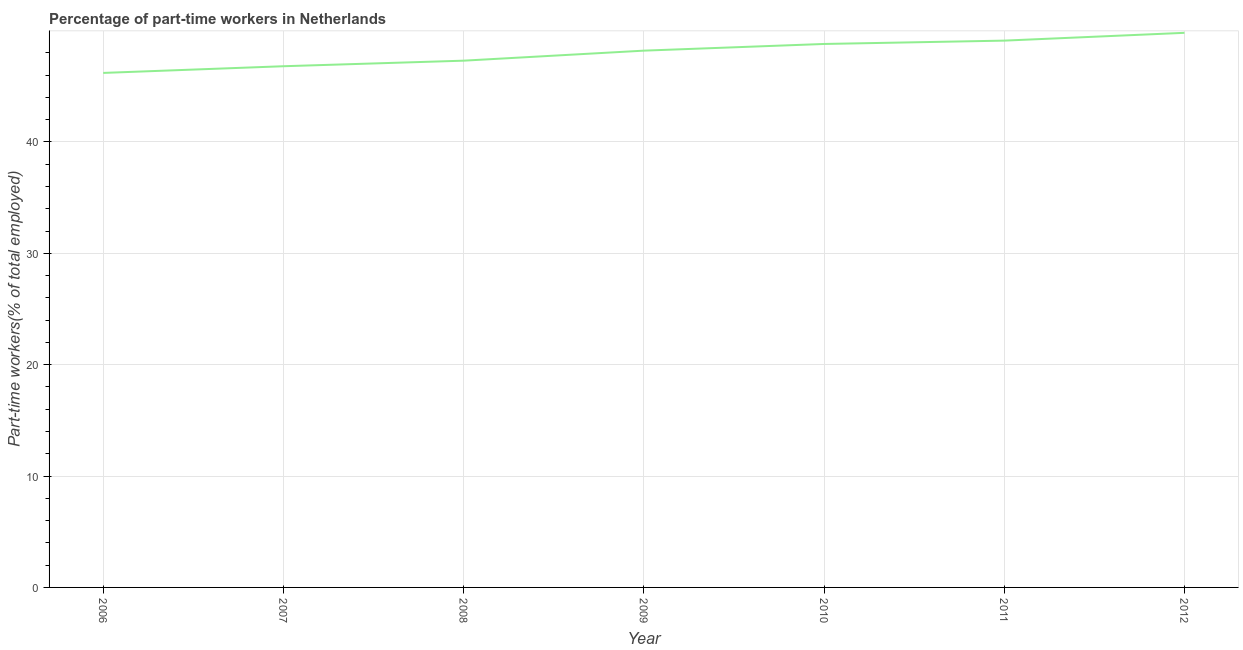
| Year | Part time employment |
 | --- | --- |
 | 2006 | 46.2 |
 | 2007 | 46.8 |
 | 2008 | 47.3 |
 | 2009 | 48.2 |
 | 2010 | 48.8 |
 | 2011 | 49.1 |
 | 2012 | 49.8 |